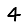
Digit: 4